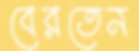
বেরতেন